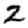
Digit: 2